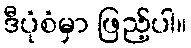
ဒီပုံစံမှာ ဖြည့်ပါ။